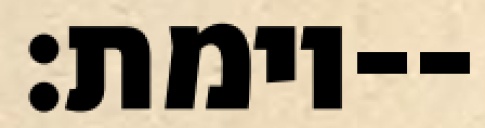
וימת׃--